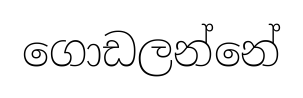
ගොඩලන්නේ